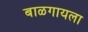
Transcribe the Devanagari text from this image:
बाळगायला